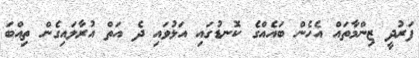
ފަރުދީ ޒިންމާތައް އެހެން ބައެއްގެ ކޮނޑުގައި އަޅުވައި ދެ އަތް އުރާލައިގެން ތިއްބަ